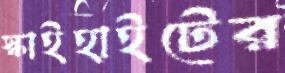
স্কাইহাইটের